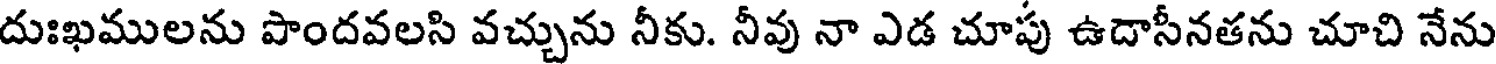
దుఃఖములను పొందవలసి వచ్చును నీకు. నీవు నా ఎడ చూపు ఉదాసీనతను చూచి నేను